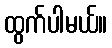
ထွက်ပါမယ်။